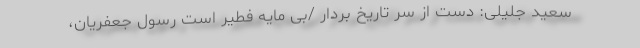
سعید جلیلی: دست از سر تاریخ بردار /بی مایه فطیر است رسول جعفریان،